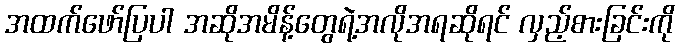
အထက်ဖော်ပြပါ အဆိုအမိန့်တွေရဲ့အလိုအရဆိုရင် လှည့်စားခြင်းကို